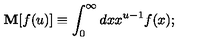
\mathbf { M } [ f ( u ) ] \equiv \int _ { 0 } ^ { \infty } d x x ^ { u - 1 } f ( x ) ;